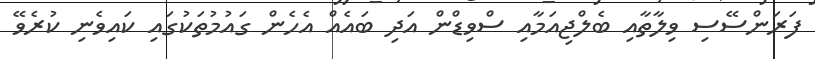
ފަރަންސޭސި ވިލާތާއި ބެލްޖިއަމާއި ސްވިޑްން އަދި ބައެއް އެހެން ގައުމުތަކުގައި ކައިވެނި ކުރެވޭ